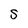
Character: S